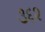
૩૬૨